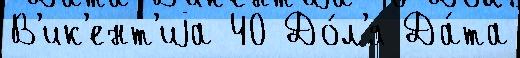
В'ик'ент'иjа 40 До́л'я Да́та